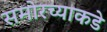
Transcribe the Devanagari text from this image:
समोरच्याकडे